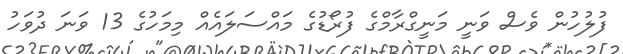
ފުލުހުން ވެސް ވަނީ މަނީގްރާމްގެ ފުރޯޑުގެ މައްސަލައެއް މިމަހުގެ 13 ވަނަ ދުވަހު